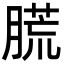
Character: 䐠